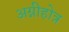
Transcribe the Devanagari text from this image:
अग्नीहोत्र